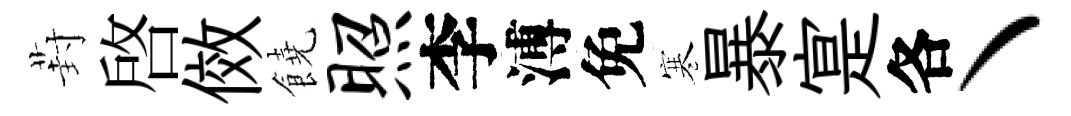
葑啓傚饒照李溥免寒暴寔各丶